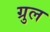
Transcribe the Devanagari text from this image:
ग्रुल